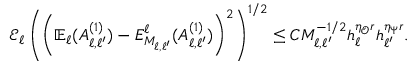
\begin{array} { r } { \mathcal { E } _ { \ell } \left( \left( \mathbb { E } _ { \ell } ( A _ { \ell , \ell ^ { \prime } } ^ { ( 1 ) } ) - E _ { M _ { \ell , \ell ^ { \prime } } } ^ { \ell } ( A _ { \ell , \ell ^ { \prime } } ^ { ( 1 ) } ) \right) ^ { 2 } \right) ^ { 1 / 2 } \le C M _ { \ell , \ell ^ { \prime } } ^ { - 1 / 2 } h _ { \ell } ^ { \eta _ { \mathcal { O } } r } h _ { \ell ^ { \prime } } ^ { \eta _ { \Psi } r } . } \end{array}